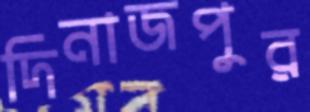
দিনাজপুুর